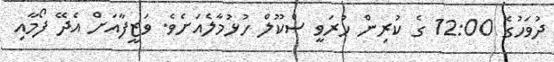
ދުވަހުގެ 12:00 ގެ ކުރިން ހުރަވީ ސްކޫލް ހުޅުމާލެއަށެވެ. ވަޒީފާއަށް އެދޭ ފޯމާއި